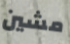
مشين